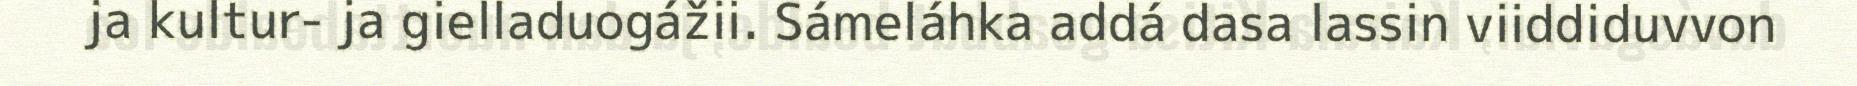
ja kultur- ja gielladuogážii. Sámeláhka addá dasa lassin viiddiduvvon